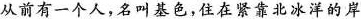
从前有一个人，名叫基色，住在紧靠北冰洋的岸